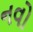
નવો